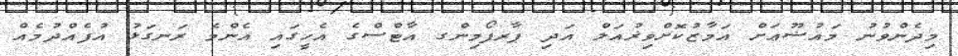
މިދެންވުނު މައުޟޫޢަށް އަމާޒުކޮށްވިޜުއަލް އަދި ޕާރފޯމިންގ އާޓްސްގެ އެހީގައި އެންމެ ރަނގަޅު އުފެއްދުމެއް